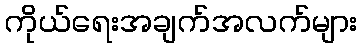
ကိုယ်ရေးအချက်အလက်များ